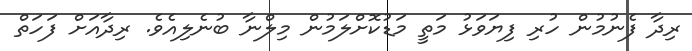
ރިދާ ފެނުމުން ހުރި ފިޔަވަޅު މަތީ މަޑުކޮށްލަމުން މިލްނާ ބުނެލިއެވެ. ރިދާއަށް ފަހަތް